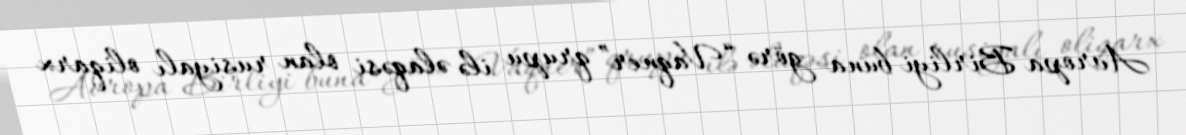
Avropa Birliyi buna görə “Vaqner” qrupu ilə əlaqəsi olan rusiyalı oliqarx